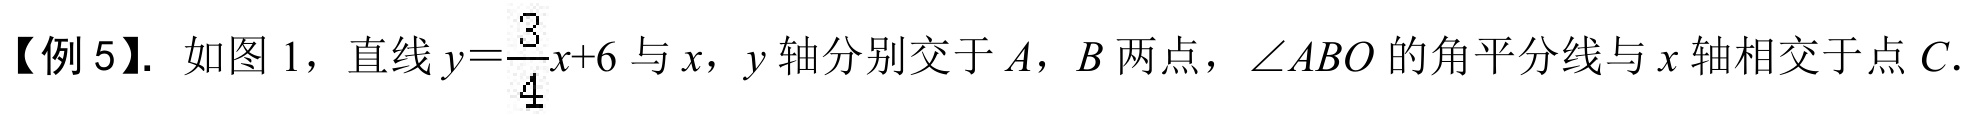
【例 5】. 如图 1，直线 \(y = \dfrac{3}{4}x + 6\) 与 \(x\)，\(y\) 轴分别交于 \(A\)，\(B\) 两点，\(\angle ABO\) 的角平分线与 \(x\) 轴相交于点 \(C\).